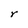
Character: r